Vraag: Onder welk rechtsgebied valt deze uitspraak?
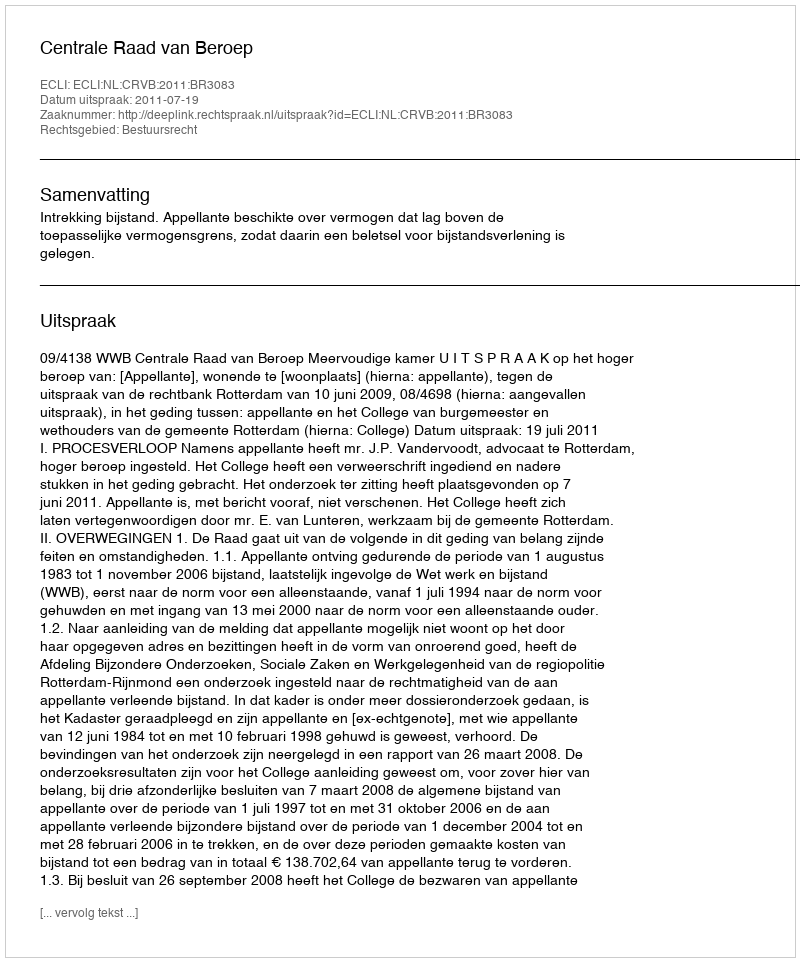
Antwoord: Bestuursrecht